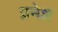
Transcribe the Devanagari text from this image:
प्रनेश